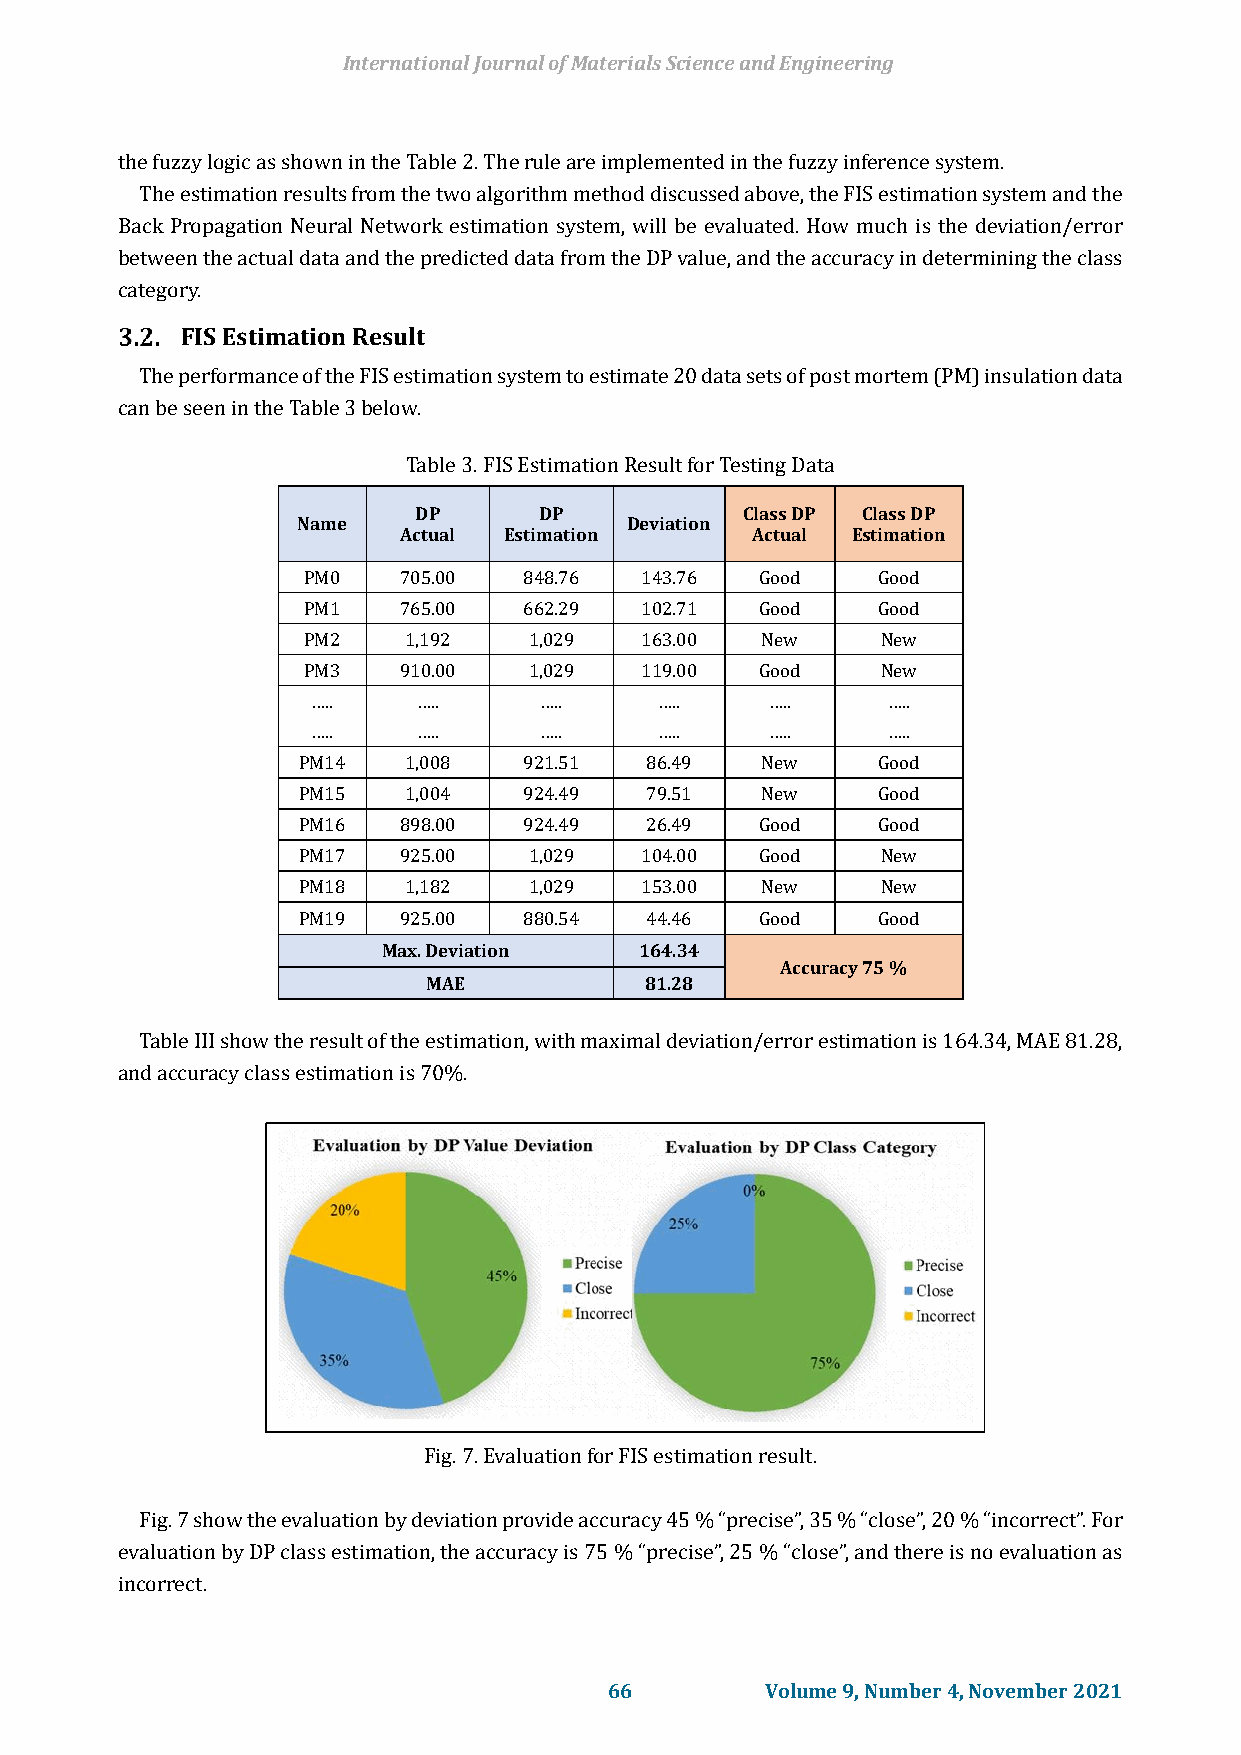
International Journal of Materials Science and Engineering
 the fuzzy logic as shown in the Table 2. The rule are implemented in the fuzzy inference system.
 The estimation results from the two algorithm method discussed above, the FIS estimation system and the
 Back Propagation Neural Network estimation system, will be evaluated. How much is the deviation/error
 between the actual data and the predicted data from the DP value, and the accuracy in determining the class
 category.
 FIS Estimation Result
 The performance of the FIS estimation system to estimate 20 data sets of post mortem (PM) insulation data
 can be seen in the Table 3 below.
 Table 3. FIS Estimation Result for Testing Data
 DP       DP           Class DP Class DP
 Name                  Deviation
 Actual Estimation       Actual Estimation
 PM0   705.00   848.76 143.76  Good    Good
 PM1   765.00   662.29 102.71  Good    Good
 PM2    1,192   1,029  163.00  New     New
 PM3   910.00   1,029  119.00  Good    New
 …..    …..     …..     …..    …..     …..
 …..    …..     …..     …..    …..     …..
 PM14   1,008   921.51  86.49  New     Good
 PM15   1,004   924.49  79.51  New     Good
 PM16  898.00   924.49  26.49  Good    Good
 PM17  925.00   1,029  104.00  Good    New
 PM18   1,182   1,029  153.00  New     New
 PM19  925.00   880.54  44.46  Good    Good
 Max. Deviation   164.34
 Accuracy 75 %
 MAE            81.28
 Table III show the result of the estimation, with maximal deviation/error estimation is 164.34, MAE 81.28,
 and accuracy class estimation is 70%.
 Fig. 7. Evaluation for FIS estimation result.
 Fig. 7 show the evaluation by deviation provide accuracy 45 % “precise”, 35 % “close”, 20 % “incorrect”. For
 evaluation by DP class estimation, the accuracy is 75 % “precise”, 25 % “close”, and there is no evaluation as
 incorrect.
 66         Volume 9, Number 4, November 2021